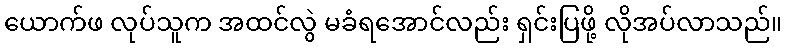
ယောက်ဖ လုပ်သူက အထင်လွဲ မခံရအောင်လည်း ရှင်းပြဖို့ လိုအပ်လာသည်။